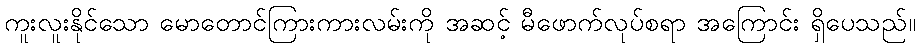
ကူးလူးနိုင်သော မောတောင်ကြားကားလမ်းကို အဆင့် မီဖောက်လုပ်စရာ အကြောင်း ရှိပေသည်။